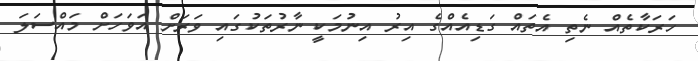
ހަރަކާތެއް ނެތި އެތައް ގަޑިއެއްގެ އިރު އިނުމަކީ ނާރުތަކުގައި ވަރަށް އަވަހަށް މައްސަލަ